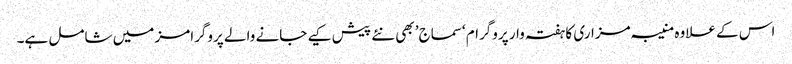
اس کے علاوہ منیبہ مزاری کا ہفتہ وار پروگرام ‘سماج’ بھی نئے پیش کیے جانے والے پروگرامز میں شامل ہے۔